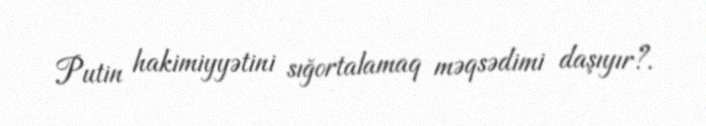
Putin hakimiyyətini sığortalamaq məqsədimi daşıyır?.